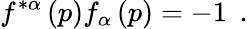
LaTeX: f^{*\alpha}\left(p\right)f_{\alpha}\left(p\right)=-1\; \, .